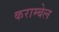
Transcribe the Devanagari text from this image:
कराम्बेल